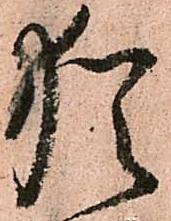
猶